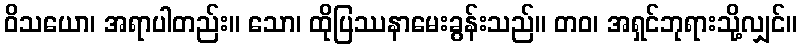
ဝိသယော၊ အရာပါတည်း။ သော၊ ထိုပြဿနာမေးခွန်းသည်။ တဝ၊ အရှင်ဘုရားသို့လျှင်။